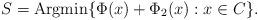
LaTeX: \begin{align*}S=\hbox{Argmin}\{\Phi(x)+\Phi_2(x): x\in C\}.\end{align*}